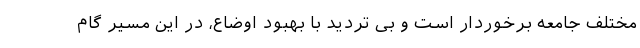
مختلف جامعه برخوردار است و بی تردید با بهبود اوضاع، در این مسیر گام